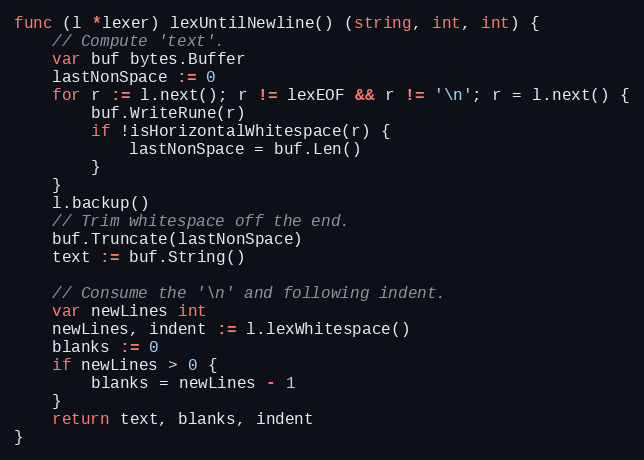
Language: Go
func (l *lexer) lexUntilNewline() (string, int, int) {
	// Compute 'text'.
	var buf bytes.Buffer
	lastNonSpace := 0
	for r := l.next(); r != lexEOF && r != '\n'; r = l.next() {
		buf.WriteRune(r)
		if !isHorizontalWhitespace(r) {
			lastNonSpace = buf.Len()
		}
	}
	l.backup()
	// Trim whitespace off the end.
	buf.Truncate(lastNonSpace)
	text := buf.String()

	// Consume the '\n' and following indent.
	var newLines int
	newLines, indent := l.lexWhitespace()
	blanks := 0
	if newLines > 0 {
		blanks = newLines - 1
	}
	return text, blanks, indent
}